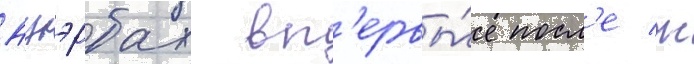
Ауэрбах вп'ервы́е посл'е ж